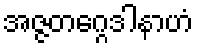
အဇ္ဇတဂ္ဂေဒါနာဟံ